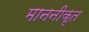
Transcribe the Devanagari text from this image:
माननीकृत